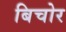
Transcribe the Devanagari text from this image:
बिचोर